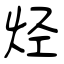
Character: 烃